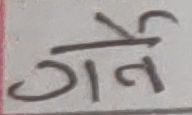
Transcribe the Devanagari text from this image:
गर्ने